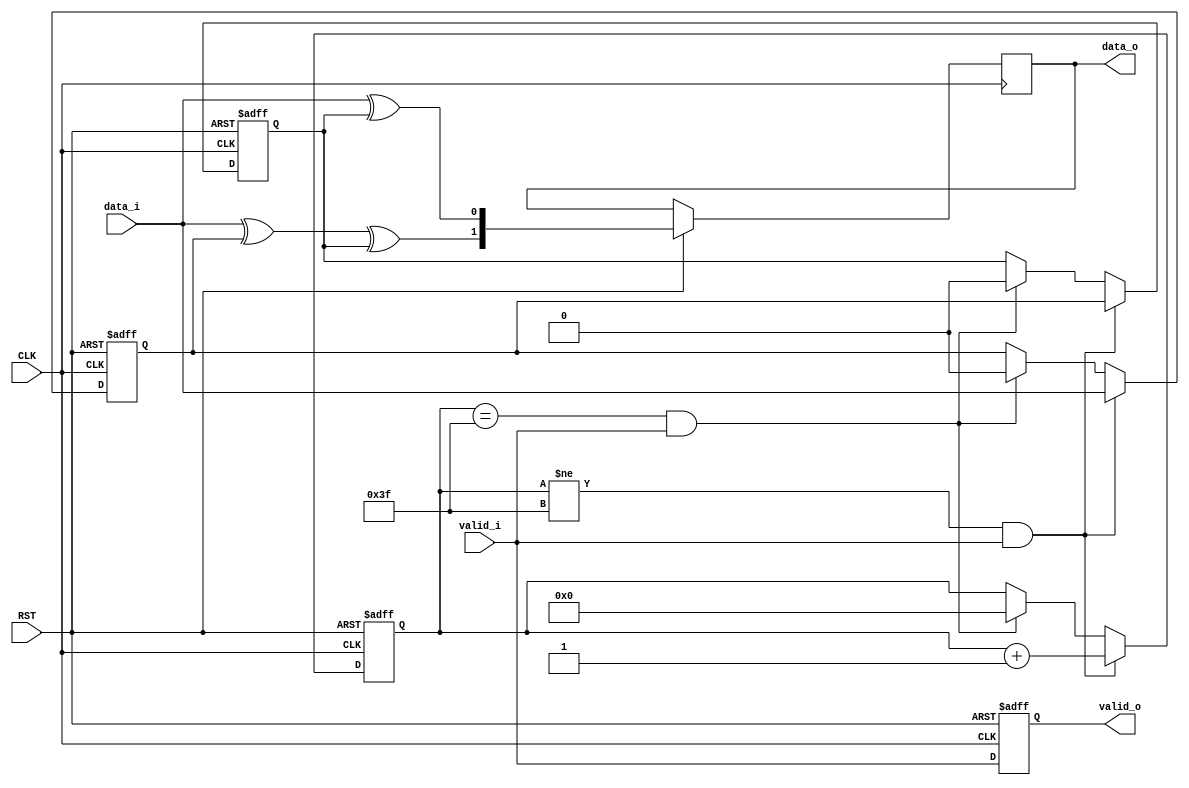
module convolution(CLK, RST, valid_i, data_i, valid_o, data_o);
   input 	    CLK, RST, valid_i, data_i;
   output reg 	    valid_o;
   output reg [1:0] data_o;

   reg 		    d1, d2;
   reg [5:0] 	    count;
   
   always @(posedge CLK or negedge RST) begin
      if (RST == 1'b0) begin
	 count <= 6'd0;
	 d1 <= 1'b0;
	 d2 <= 1'b0;
	 valid_o <= 1'b0;
      end else begin
	 valid_o <= valid_i;
	 data_o[0] <= data_i ^ d2;
	 data_o[1] <= data_i ^ d1 ^ d2;
	 if (count != 6'd63 && valid_i == 1'b1) begin
	    count <= count + 6'd1;
	    d1 <= data_i;
	    d2 <= d1;
	 end else if (count == 6'd63 && valid_i == 1'b1) begin
	    count <= 6'd0;
	    d1 <= 1'b0;
	    d2 <= 1'b0;
	 end
      end
   end
endmodule